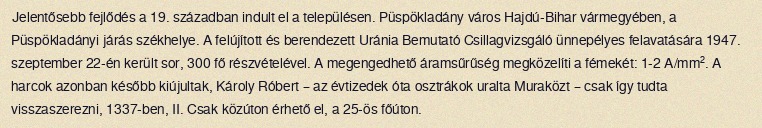
Jelentősebb fejlődés a 19. században indult el a településen. Püspökladány város Hajdú-Bihar vármegyében, a Püspökladányi járás székhelye. A felújított és berendezett Uránia Bemutató Csillagvizsgáló ünnepélyes felavatására 1947. szeptember 22-én került sor, 300 fő részvételével. A megengedhető áramsűrűség megközelíti a fémekét: 1-2 A/mm². A harcok azonban később kiújultak, Károly Róbert – az évtizedek óta osztrákok uralta Muraközt – csak így tudta visszaszerezni, 1337-ben, II. Csak közúton érhető el, a 25-ös főúton.